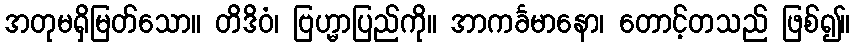
အတုမရှိမြတ်သော။ တိဒိဝံ၊ ဗြဟ္မာပြည်ကို။ အာကင်္ခမာနော၊ တောင့်တသည် ဖြစ်၍။